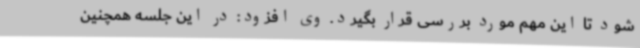
شود تا این مهم مورد بررسی قرار بگیرد. وی افزود: در این جلسه همچنین